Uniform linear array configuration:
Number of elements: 48
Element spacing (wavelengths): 0.5
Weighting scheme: binomial
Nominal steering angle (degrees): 30
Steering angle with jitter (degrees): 28.377
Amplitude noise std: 0.05
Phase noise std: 0.05

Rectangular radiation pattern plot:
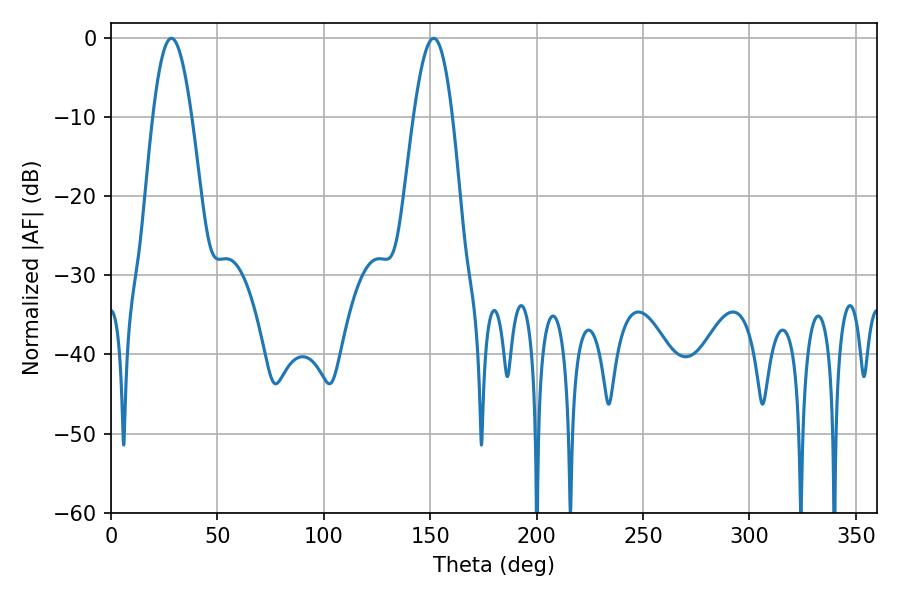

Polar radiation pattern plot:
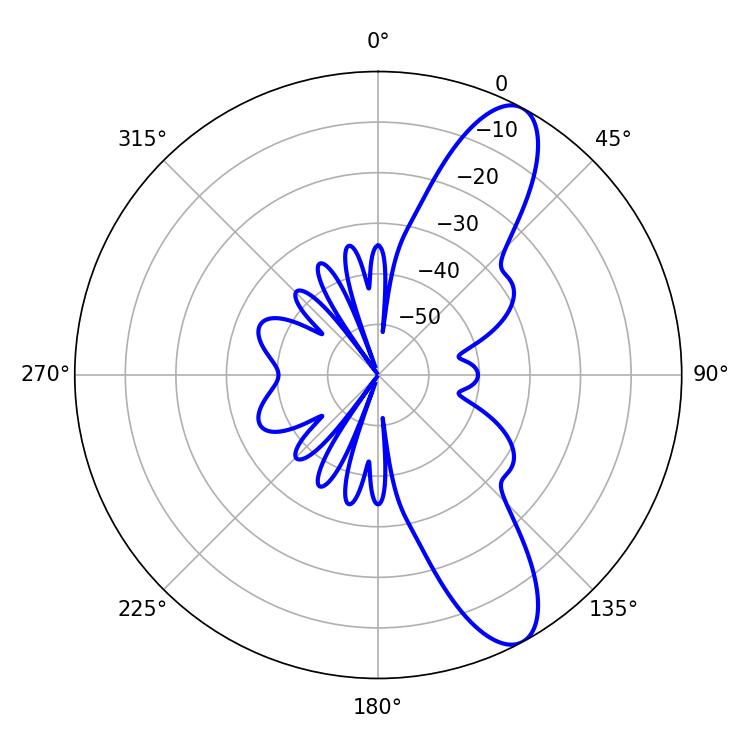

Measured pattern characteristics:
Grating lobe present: FALSE
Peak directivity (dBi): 10.461
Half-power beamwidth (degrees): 9.9
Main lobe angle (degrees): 28.44